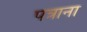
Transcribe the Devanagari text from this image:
पत्राना